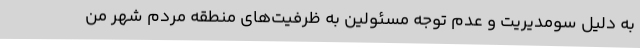
به دلیل سو‌مدیریت و عدم توجه مسئولین به ظرفیت‌های منطقه مردم شهر من